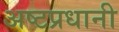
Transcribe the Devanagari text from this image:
अष्टप्रधानी